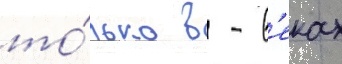
то́лько в - в'еках